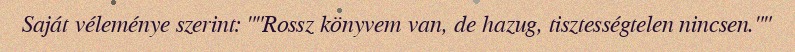
Saját véleménye szerint: ""Rossz könyvem van, de hazug, tisztességtelen nincsen.""